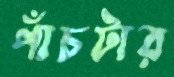
পাঁচটার